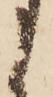
う